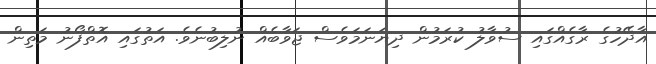
އާދޭހުގެ ރާގެއްގައި ސުވާލު ކުރަމުން ދިޔަނަމަވެސް ޖަވާބެއް ނުލިބުނެވެ. އަތުގައި އޮތްފޯނު މަތިން